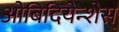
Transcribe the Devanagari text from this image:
ओबिदियेन्शेस्